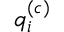
q _ { i } ^ { ( c ) }